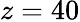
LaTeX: z=40